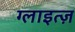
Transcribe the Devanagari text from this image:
ग्लाइत्ज़